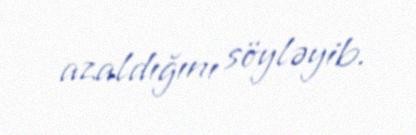
azaldığını söyləyib.